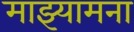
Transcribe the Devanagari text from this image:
माझ्यामना